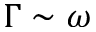
\Gamma \sim \omega